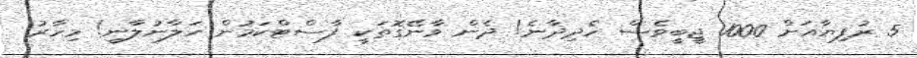
5 ރުފިޔާއަށް 1000 ޖީބީވެސް ހެދިދާނެ! ދެން ވާނޭގޮތަކީ ފާސްޓްކަމުން ހަލާނުލާނީ! މިހާރު